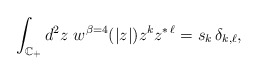
\begin{align*}\int_{\mathbb C_+} d^2z\ w^{\beta=4}(|z|) z^k z^{*\,\ell}=s_k\,\delta_{k,\ell},\end{align*}